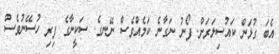
އެބަ ގުޅަން ކައުސިލަރަށް. ފޯނު ނަގާނެ ކަމެއްވެސް ނޭނގެ. ސަކީނާގެ ފިރި ހުސޭނުވެސް